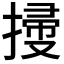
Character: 𢱥